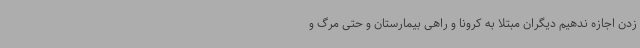
زدن اجازه ندهیم دیگران مبتلا به کرونا و راهی بیمارستان و حتی مرگ و